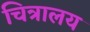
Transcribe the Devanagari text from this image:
चित्रालय